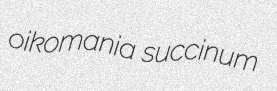
oikomania succinum